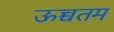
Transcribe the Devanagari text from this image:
ऊच्चतम